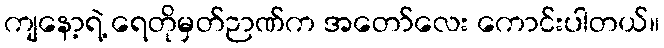
ကျနော့ရဲ့ ရေတိုမှတ်ဉာဏ်က အတော်လေး ကောင်းပါတယ်။